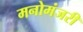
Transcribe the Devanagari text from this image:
मनोमंजरी